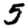
Digit: 5